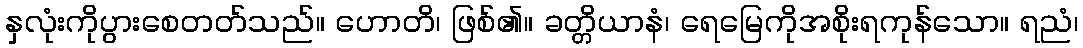
နှလုံးကိုပွားစေတတ်သည်။ ဟောတိ၊ ဖြစ်၏။ ခတ္တိယာနံ၊ ရေမြေကိုအစိုးရကုန်သော။ ရညံ၊